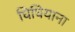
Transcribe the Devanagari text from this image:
घिघियाना